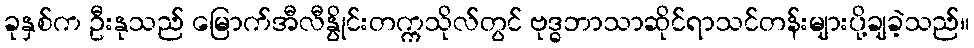
ခုနှစ်က ဦးနုသည် မြောက်အီလီနွိုင်းတက္ကသိုလ်တွင် ဗုဒ္ဓဘာသာဆိုင်ရာသင်တန်းများပို့ချခဲ့သည်။